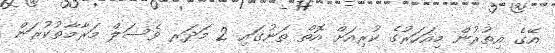
އޭގެ އިތުރުން މިއަހަރުގެ ކުރިއަށް އޮތް ތަނުގައި 2 މަދަރ ވެސަލް މަރާމާތުކުރަން